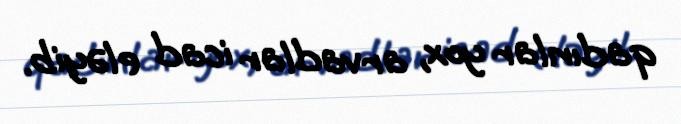
qadınlar yox, arvadlar icad eləyib.